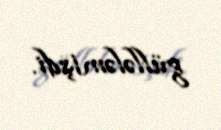
güllələmişdi.